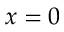
x = 0